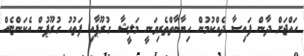
ހައްޖަށް ދާން ފައިސާ ދެއްކުމުން ހިޔާނާތްތެރިވަނީ މަލީޝާ ގުރޫޕާއި ފަތުހު ގުރޫޕުން އެކަންޏެއް